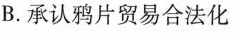
B.承认鸦片贸易合法化